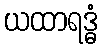
ယထာရဒ္ဓံ